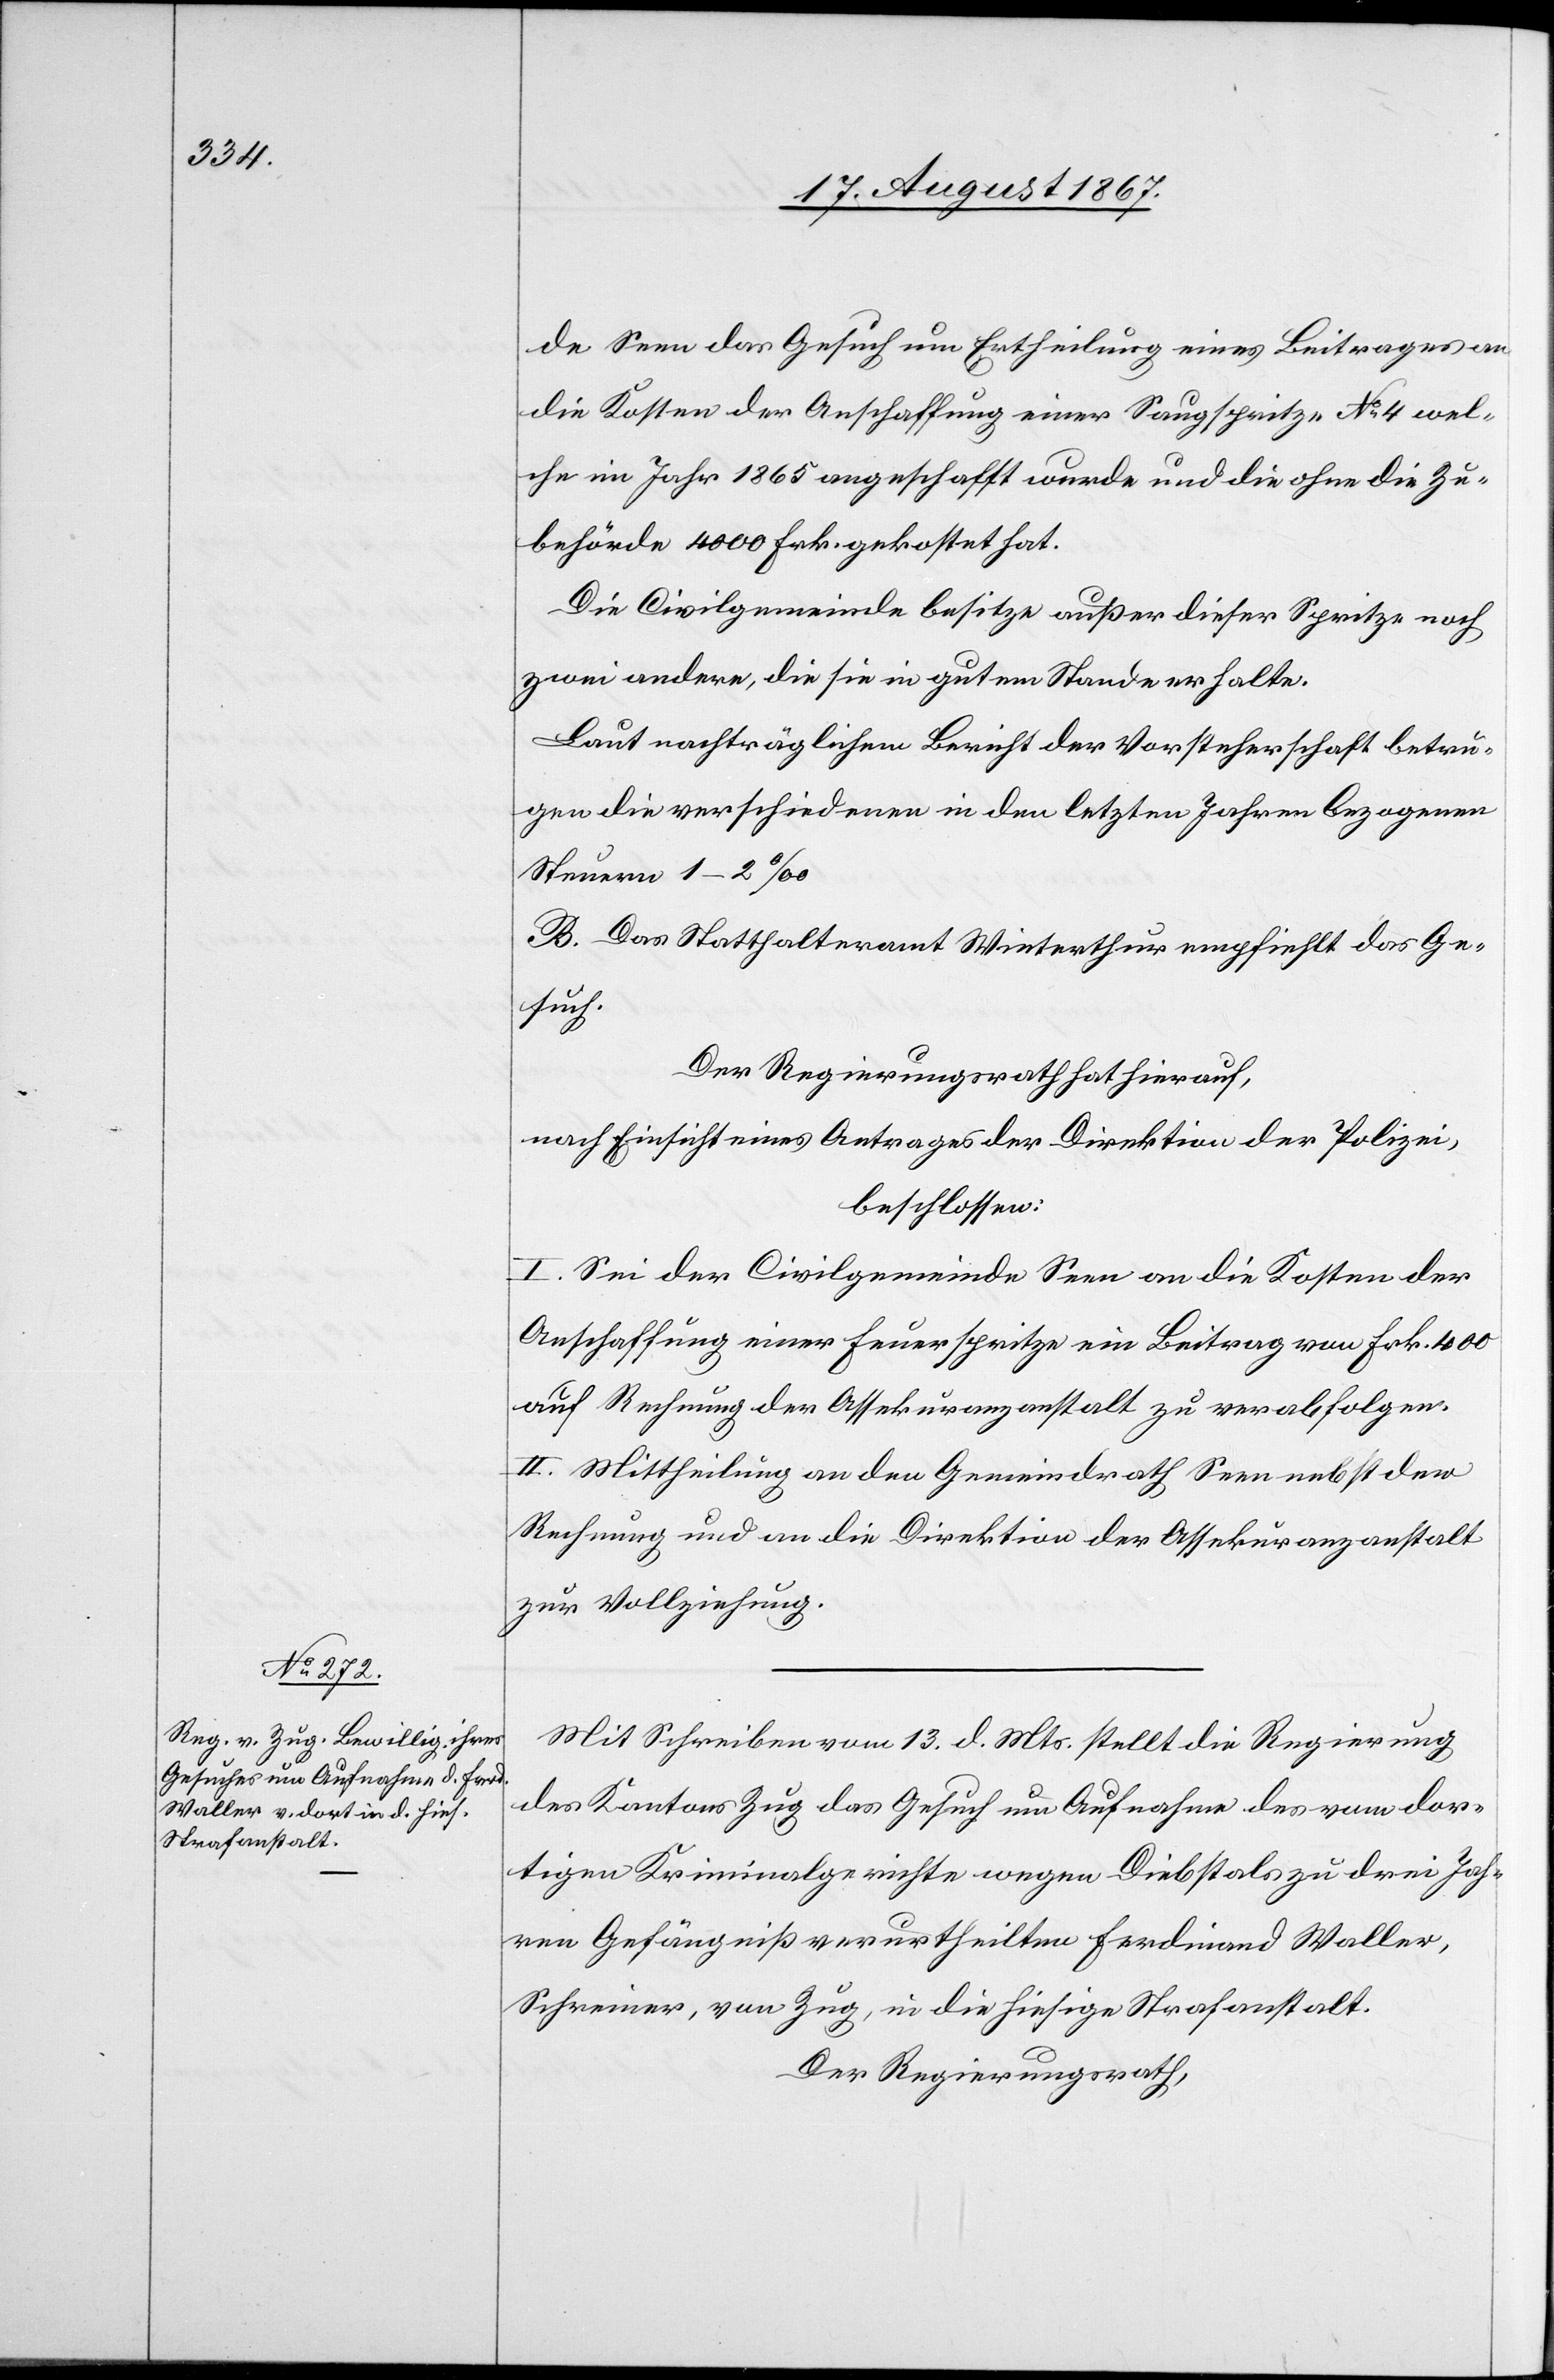
de Seen das Gesuch um Ertheilung eines Beitrages an
die Kosten der Anschaffung einer Saugspritze No. 4 wel¬
che im Jahr 1865 angeschafft wurde und die ohne die Zu¬
behörde 4000 Frk. gekostet hat.
Die Civilgemeinde besitze außer dieser Spritze noch
zwei andere, die sie in gutem Stande erhalte.
Laut nachträglichem Bericht der Vorsteherschaft betru¬
gen die verschiedenen in den letzten Jahren bezogenen
Steuern 1–2‰.
B. Das Statthalteramt Winterthur empfiehlt das Ge¬
such.
Der Regierungsrath hat hierauf,
nach Einsicht eines Antrages der Direktion der Polizei,
beschlossen:
I. Sei der Civilgemeinde Seen an die Kosten der
Anschaffung einer Feuerspritze ein Beitrag von Frk. 400
auf Rechnung der Assekuranzanstalt zu verabfolgen.
II. Mittheilung an den Gemeindrath Seen nebst der
Rechnung und an die Direktion der Assekuranzanstalt
zur Vollziehung.
Mit Schreiben vom 13. d. Mts stellt die Regierung
des Kantons Zug das Gesuch um Aufnahme des vom dor¬
tigen Kriminalgerichte wegen Diebstals zu drei Jah¬
ren Gefängniß verurtheilten Ferdinand Waller,
Schreiner, von Zug, in die hiesige Strafanstalt.
Der Regierungsrath,